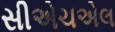
સીએચએલ